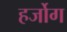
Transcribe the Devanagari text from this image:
हर्जोग